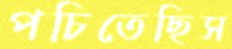
পচিতেছিস